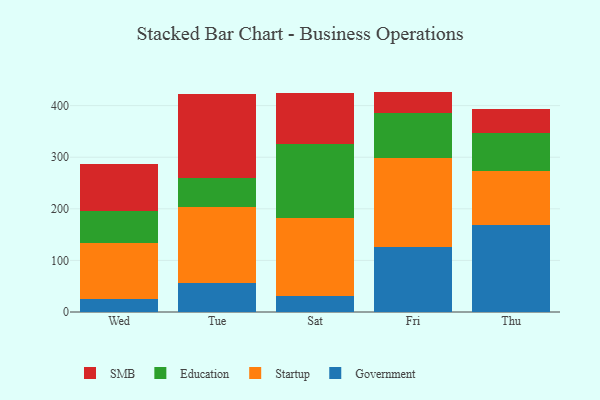
{"axis": {"x": "Day", "y": "Demand Index"}, "legend": ["Education", "Government", "SMB", "Startup"], "data": [{"x": "Wed", "y": 25.4, "type": "Government"}, {"x": "Wed", "y": 108.0, "type": "Startup"}, {"x": "Wed", "y": 62.4, "type": "Education"}, {"x": "Wed", "y": 91.1, "type": "SMB"}, {"x": "Tue", "y": 57.0, "type": "Government"}, {"x": "Tue", "y": 147.2, "type": "Startup"}, {"x": "Tue", "y": 56.2, "type": "Education"}, {"x": "Tue", "y": 161.4, "type": "SMB"}, {"x": "Sat", "y": 31.0, "type": "Government"}, {"x": "Sat", "y": 152.0, "type": "Startup"}, {"x": "Sat", "y": 143.0, "type": "Education"}, {"x": "Sat", "y": 97.8, "type": "SMB"}, {"x": "Fri", "y": 126.2, "type": "Government"}, {"x": "Fri", "y": 172.5, "type": "Startup"}, {"x": "Fri", "y": 87.0, "type": "Education"}, {"x": "Fri", "y": 41.5, "type": "SMB"}, {"x": "Thu", "y": 169.3, "type": "Government"}, {"x": "Thu", "y": 104.8, "type": "Startup"}, {"x": "Thu", "y": 73.8, "type": "Education"}, {"x": "Thu", "y": 45.1, "type": "SMB"}]}